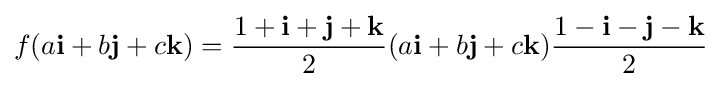
f(a\mathbf {i} +b\mathbf {j} +c\mathbf {k} )={\dfrac {1+\mathbf {i} +\mathbf {j} +\mathbf {k} }{2}}(a\mathbf {i} +b\mathbf {j} +c\mathbf {k} ){\dfrac {1-\mathbf {i} -\mathbf {j} -\mathbf {k} }{2}}